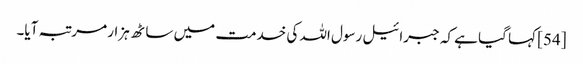
[54] کہا گیا ہے کہ جبرائیل رسول اللہ کی خدمت میں ساٹھ ہزار مرتبہ آیا۔